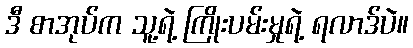
ဒီ စာအုပ်က သူ့ရဲ့ ကြိုးပမ်းမှုရဲ့ ရလာဒ်ပဲ။